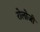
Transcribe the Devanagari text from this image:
रोलोजी